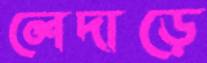
লেদাড়ে